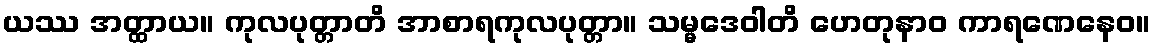
ယဿ အတ္ထာယ။ ကုလပုတ္တာတိ အာစာရကုလပုတ္တာ။ သမ္မဒေဝါတိ ဟေတုနာဝ ကာရဏေနေဝ။